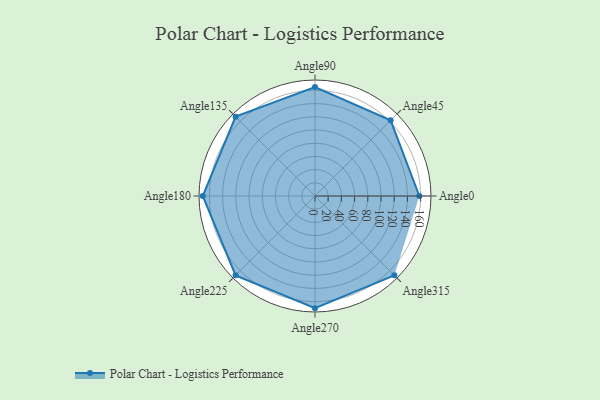
{"axis": {"x": "Angle", "y": "Radius"}, "legend": [""], "data": [{"x": "Angle0", "y": 158.0, "type": ""}, {"x": "Angle45", "y": 162.0, "type": ""}, {"x": "Angle90", "y": 165.0, "type": ""}, {"x": "Angle135", "y": 170.0, "type": ""}, {"x": "Angle180", "y": 170, "type": ""}, {"x": "Angle225", "y": 170, "type": ""}, {"x": "Angle270", "y": 170, "type": ""}, {"x": "Angle315", "y": 170, "type": ""}]}